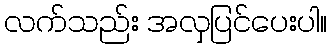
လက်သည်း အလှပြင်ပေးပါ။